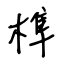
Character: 榫